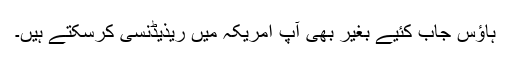
ہاؤس جاب کئیے بغیر بھی آپ امریکہ میں ریذیڈنسی کرسکتے ہیں۔